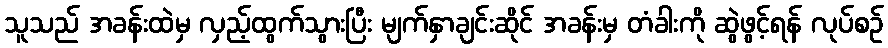
သူသည် အခန်းထဲမှ လှည့်ထွက်သွားပြီး မျက်နှာချင်းဆိုင် အခန်းမှ တံခါးကို ဆွဲဖွင့်ရန် လုပ်စဉ်